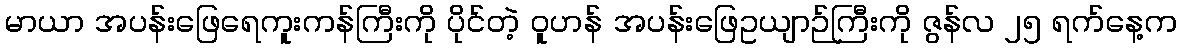
မာယာ အပန်းဖြေရေကူးကန်ကြီးကို ပိုင်တဲ့ ဝူဟန် အပန်းဖြေဥယျာဉ်ကြီးကို ဇွန်လ ၂၅ ရက်နေ့က